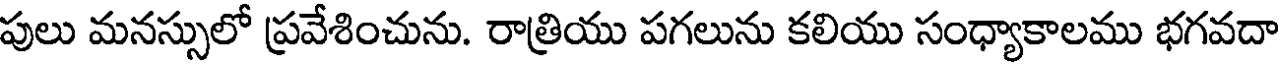
పులు మనస్సులో ప్రవేశించును. రాత్రియు పగలును కలియు సంధ్యాకాలము భగవదా